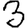
Digit: 3